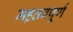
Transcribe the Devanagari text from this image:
मह़तवपूर्ण